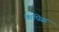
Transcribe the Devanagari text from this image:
कपिस